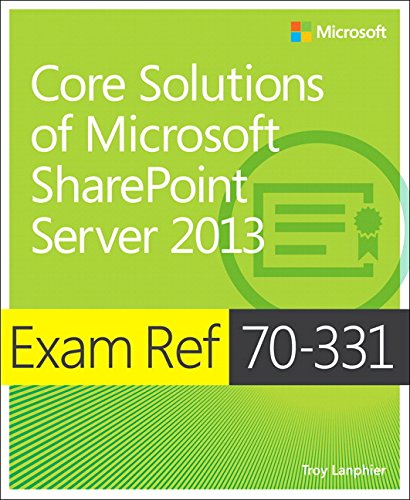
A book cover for Exam Ref 70-331 Core Solutions of Microsoft SharePoint Server 2013 (MCSE); Troy Lanphier; Computers & Technology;